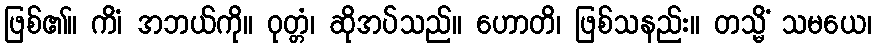
ဖြစ်၏။ ကိံ၊ အဘယ်ကို။ ဝုတ္တံ၊ ဆိုအပ်သည်။ ဟောတိ၊ ဖြစ်သနည်း။ တသ္မိံ သမယေ၊